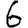
Digit: 6